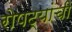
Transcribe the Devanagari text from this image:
रोपट्यांची